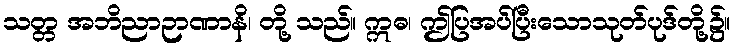
သတ္တ အဘိညာဉာဏာနိ၊ တို့ သည်။ ဣဓ၊ ဤပြအပ်ပြီးသောသုတ်ပုဒ်တို့၌။